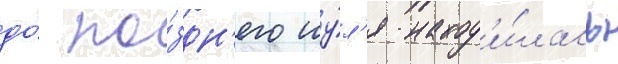
до́ по́здн'его иу́л'я наход'и́лась